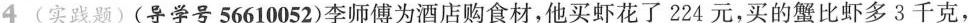
4 (实践题) (导学号56610052)李师傅为酒店购食材，他买虾花了224元，买的蟹比虾多3千克，